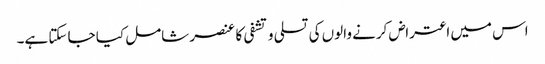
اس میں اعتراض کرنے والوں کی تسلی و تشفی کا عنصر شامل کیا جا سکتا ہے۔